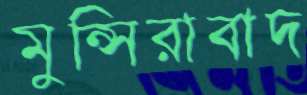
মুন্সিরাবাদ